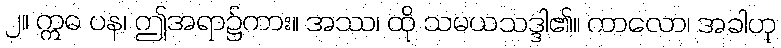
၂။ ဣဓ ပန၊ ဤအရာ၌ကား။ အဿ၊ ထို သမယသဒ္ဒါ၏။ ကာလော၊ အခါဟု